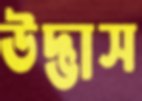
উদ্ভাস